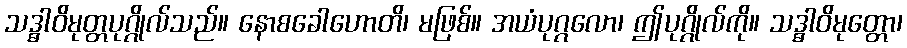
သဒ္ဓါဝိမုတ္တပုဂ္ဂိုလ်သည်။ နောစခေါဟောတိ၊ မဖြစ်။ အယံပုဂ္ဂလော၊ ဤပုဂ္ဂိုလ်ကို။ သဒ္ဓါဝိမုတ္တော၊